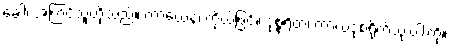
ခေါ၊ အကြင်သူတို့သည်။ ကာယေန၊ ကိုယ်ဖြင့်။ ဒုစ္စရိတံ၊ ကာယဒုစရိုက်သုံးပါးကို။